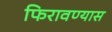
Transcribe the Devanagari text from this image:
फिरावण्यास